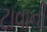
ટાવાની